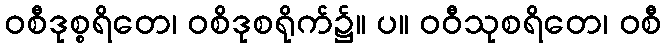
ဝစီဒုစ္စရိတေ၊ ဝစိဒုစရိုက်၌။ ပ။ ဝဝီသုစရိတေ၊ ဝစီ